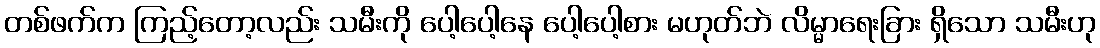
တစ်ဖက်က ကြည့်တော့လည်း သမီးကို ပေါ့ပေါ့နေ ပေါ့ပေါ့စား မဟုတ်ဘဲ လိမ္မာရေးခြား ရှိသော သမီးဟု